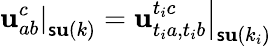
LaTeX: \left.\mathbf{u}_{ab}^{c}\right|_{\mathsf{s}\mathbf{u}(k)}=\left.\mathbf{u}_{t_{i}a,t_{i}b}^{t_{i}c}\right|_{\mathsf{s}\mathbf{u}(k_{i})}